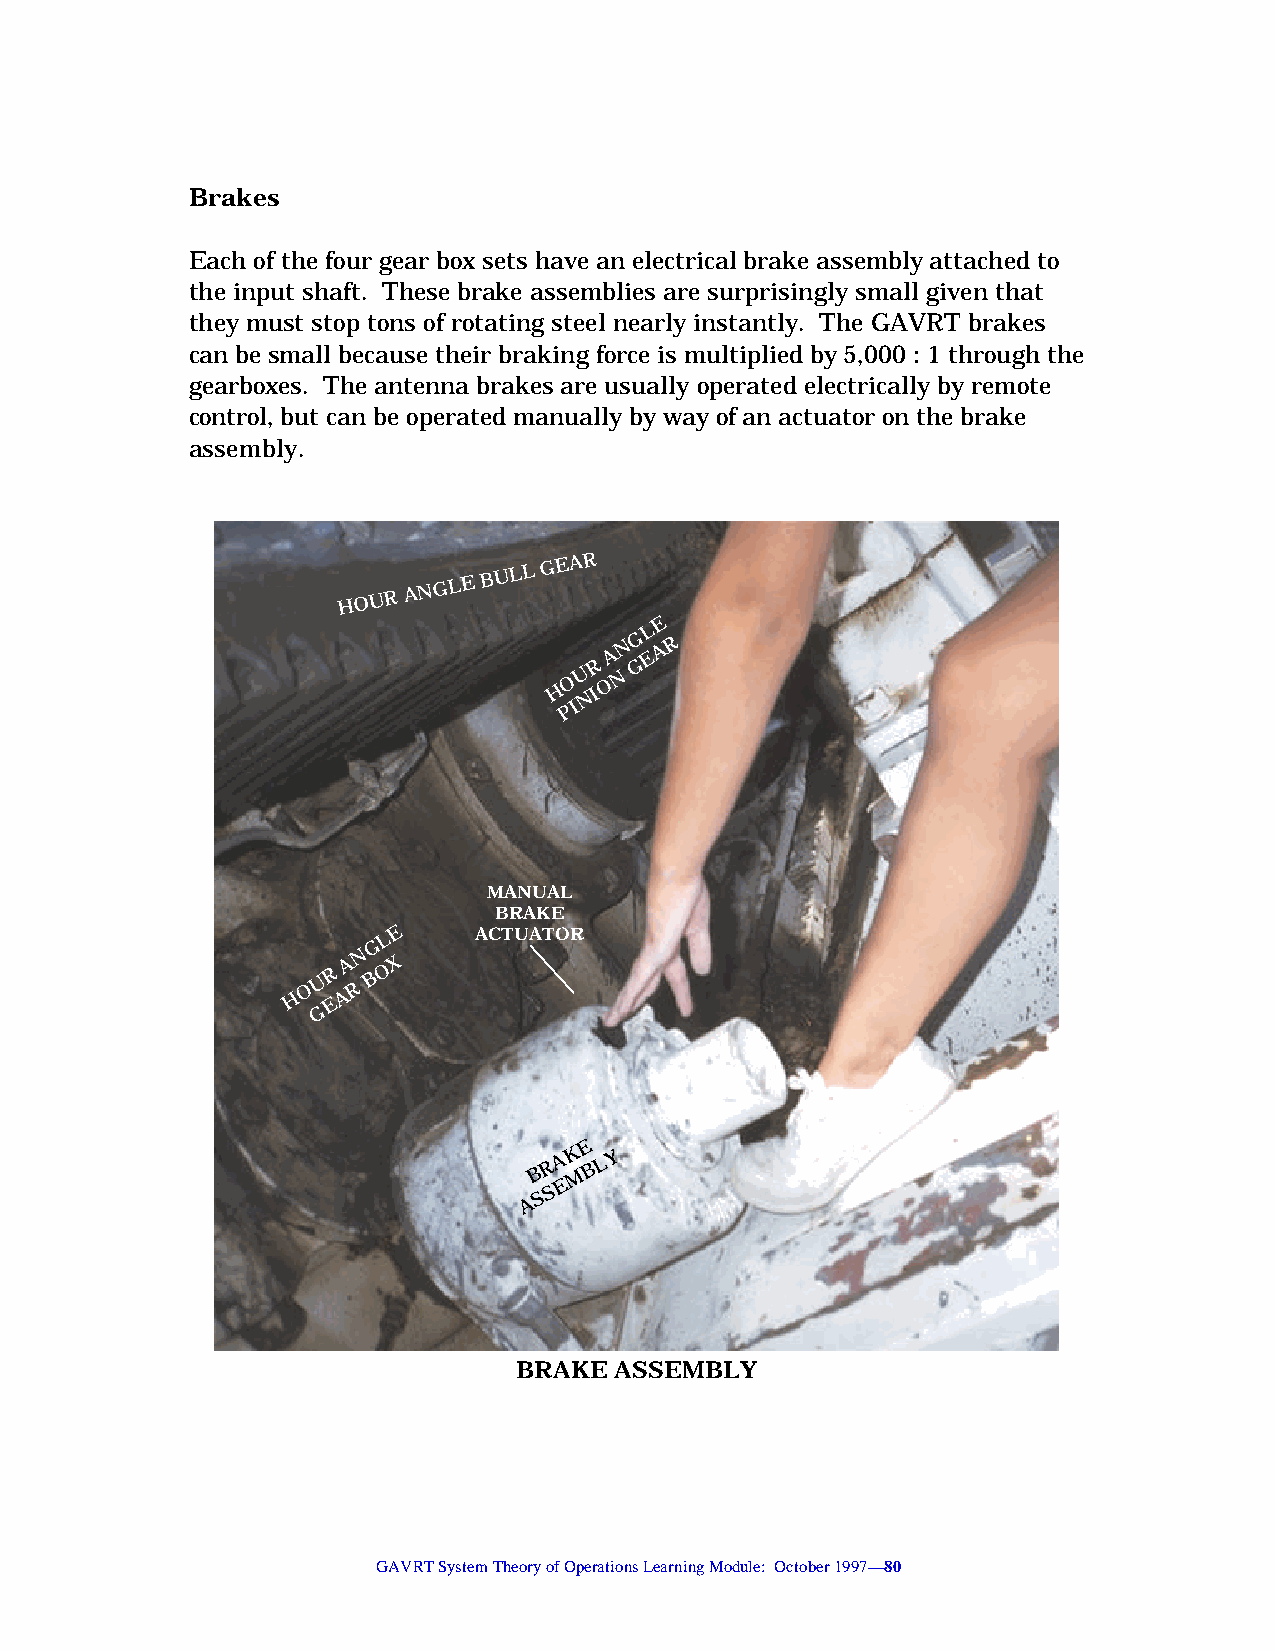
Brakes
 Each of the four gear box sets have an electrical brake assembly attached to
 the input shaft. These brake assemblies are surprisingly small given that
 they must stop tons of rotating steel nearly instantly. The GAVRT brakes
 can be small because their braking force is multiplied by 5,000 : 1 through the
 gearboxes. The antenna brakes are usually operated electrically by remote
 control, but can be operated manually by way of an actuator on the brake
 assembly.
 HOUR
 ANGLE
 BULL
 GEAR
 E
 L
 R
 A N GG E A R
 H O U N I O N
 P I
 MANUAL
 BRAKE
 L E   ACTUATOR
 G
 N
 A  X
 H O
 U ER
 A R
 B O
 G
 E
 B R A K M B L Y
 E
 A S S
 BRAKE  ASSEMBLY
 GAVRT System Theory of Operations Learning Module: October 1997—80